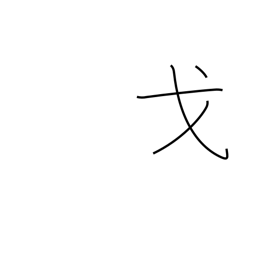
Meaning: festival car